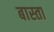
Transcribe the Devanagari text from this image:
बास्ता